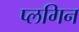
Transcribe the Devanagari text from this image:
प्लगिन